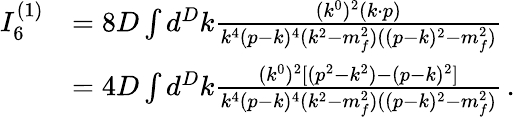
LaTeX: \begin{array}{rl}{I_{6}^{(1)}}&{=8D\int d^{D}k\frac{(k^{0})^{2}(k\cdot p)}{k^{4}(p-k)^{4}(k^{2}-m_{f}^{2})((p-k)^{2}-m_{f}^{2})}}\\ &{=4D\int d^{D}k\frac{(k^{0})^{2}[(p^{2}-k^{2})-(p-k)^{2}]}{k^{4}(p-k)^{4}(k^{2}-m_{f}^{2})((p-k)^{2}-m_{f}^{2})}\, .}\end{array}